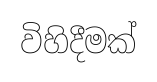
විහිදීමක්